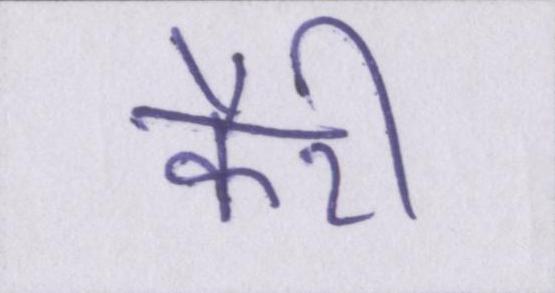
कैरी